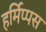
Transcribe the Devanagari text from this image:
हर्मिप्पस